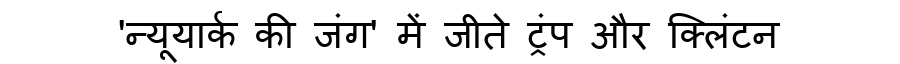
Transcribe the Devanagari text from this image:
'न्यूयार्क की जंग' में जीते ट्रंप और क्लिंटन